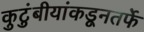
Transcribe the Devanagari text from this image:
कुटुंबीयांकडूनतर्फे